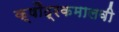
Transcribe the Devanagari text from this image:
क्षौद्रकमालवी